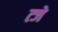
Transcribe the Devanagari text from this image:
त्जे